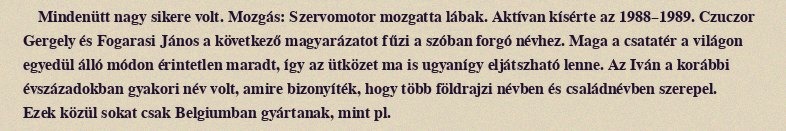
Mindenütt nagy sikere volt. Mozgás: Szervomotor mozgatta lábak. Aktívan kísérte az 1988–1989. Czuczor Gergely és Fogarasi János a következő magyarázatot fűzi a szóban forgó névhez. Maga a csatatér a világon egyedül álló módon érintetlen maradt, így az ütközet ma is ugyanígy eljátszható lenne. Az Iván a korábbi évszázadokban gyakori név volt, amire bizonyíték, hogy több földrajzi névben és családnévben szerepel. Ezek közül sokat csak Belgiumban gyártanak, mint pl.